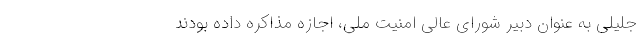
جلیلی به عنوان دبیر شورای عالی امنیت ملی، اجازه مذاکره داده بودند